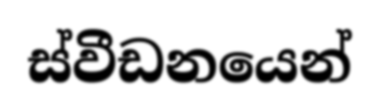
ස්වීඩනයෙන්